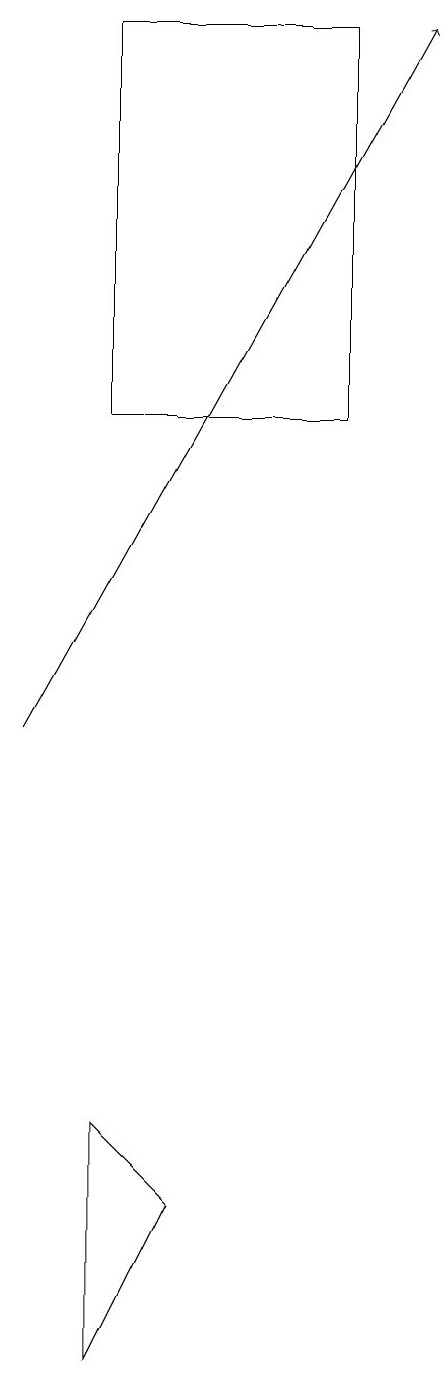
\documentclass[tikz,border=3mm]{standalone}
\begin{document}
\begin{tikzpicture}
\draw (5,19) rectangle (2,14);
\draw[->] (1,10) -- (6,19);
\draw (2,2) -- (3,4) -- (2,5) -- cycle;
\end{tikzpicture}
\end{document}